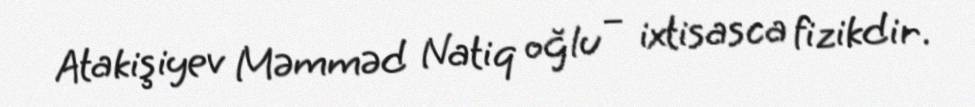
Atakişiyev Məmməd Natiq oğlu – ixtisasca fizikdir.